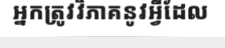
អ្នកត្រូវវិភាគនូវអ្វីដែល